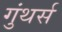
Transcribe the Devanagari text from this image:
गुंथर्स